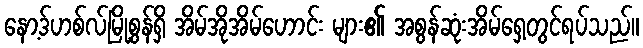
နော့ဒ်ဟစ်လ်မြို့စွန်ရှိ အိမ်အိုအိမ်ဟောင်း များ၏ အစွန်ဆုံးအိမ်ရှေ့တွင်ရပ်သည်။